Enquiry on enteric fever in India - Number 32
Disease focus: Fever
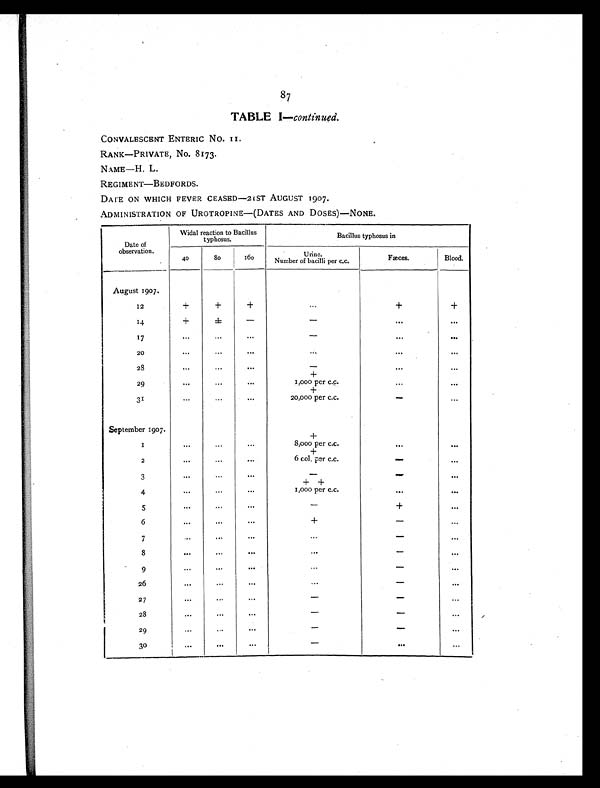
87
TABLE I—continued.
CONVALESCENT ENTERIC NO.
1 1 .
RANK—PRIVATE, No. 8173.
NAME—H. L.
REGIMENT—BEDFORDS.
DATE ON WHICH FEVER CEASED—21ST AUGUST 1907.
ADMINISTRATION OF UROTROPINE—(DATES AND DOSES)—NONE.
Date of
observation.
Widal reaction to Bacillus
typhosus.
Bacillus typhosus in
40
80
160
Urine.
Number of bacilli per c.c.
Fæces.
Blood.
August 1907.
12
+
+
+
. . .
+
+
14
+
±
-
-
. . ..
. .
17
...
...
...
-
. . ..
. .
20
. . .
. . .
•••
. . .
. . .
. . .
28
. . .
. . .
. . .
-
. . .
+
29
. . .
. . .
. . .
1,000 per c.c.
...
. . .
+
31
...
...
...
20,000 per c.c.
-
. . .
September 1907.
+
1
...
...
...
8,000 per c.c.
. . .
. . .
+
2
. . .
...
. . .
6 col. per c.c.
-
. . .
3
. . .
...
. . .
-
- . . .
++
4
. . .
. . .
. . .
1,000 per c.c.
...
. . .
5
...
...
. . .
-
+
. . .
6
. . .
. . .
. . .
+
-
. . .
7
. . .
. . .
. . .
. . .
-
. . .
8
. . .
. . .
. . .
. . .
-
. . .
9
. . .
. . .
. . .
. . .
- . . .
26
...
. . .
. . .
. . .
- . . .
2 7
. . .
. . .
. . .
-
-
. . .
2 8
. . .
. . .
. . .
-
-
. . .
29
...
...
. . .
-
- . . .
30
. . .
. . .
. . .
-
. . ..
. .